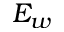
E _ { w }